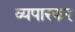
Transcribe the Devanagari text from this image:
व्यपारकर